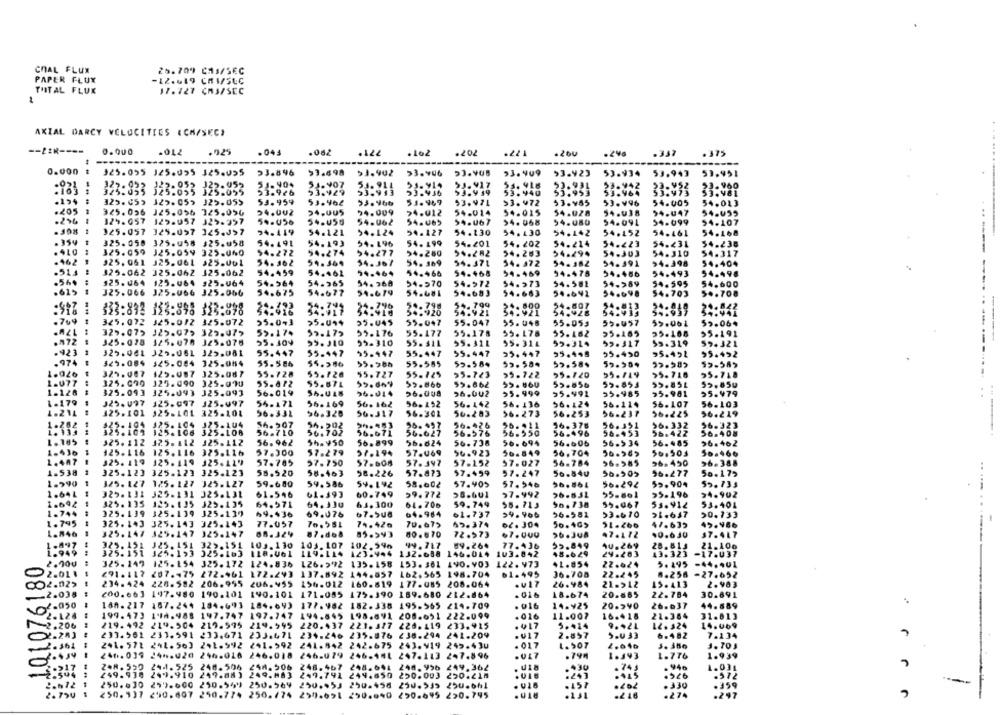
COAL FLUX
25.709 CAJ/SEC
PAPER FLUX
-12.619 CHI/SEC
TUTAL FLUX
17.727 CMJ/SEC
AXIAL DARCY VELOCITIES (CH/SEC)
707*
-- PER ----
0.000
.012
.925
.044
.082
.221
.162
.260
.246
.337
.375
0.000 #
325.095 125.095 325.055
53.846
53.498
53.902
>3.406
53.409
$3.423
53.934
53.943
59.951
.021
22.9.21
23.460
325.055 325:055
:2-932 332-832
325.055
53.926
53.929
93.943
53.936
53.949
53.940
53.
53.964
53.973
53.981
325.059 325.05> 325.059
53.959
53.462
53.66
53.969
93.971
>3. 472
53.955
53.496
54.005
54.013
.205
325.096 J25,056 325.056
54.002
54.005
94.009
24.012
54.014
54.015
54.028
54.038
94.447
54.055
-256
329.057 129.957 329-357
54-050
54.062
54.065
54.067
94.068
94.080
54.091
54.099
54.107
.SO8
1
325.057 325.057 325.057
24.419
54.121
54.124
54.127
54.130
54.130
54.142
54.452
54.461
54.168
325.058
325.058 $25.058
54.491
54.193
54. 196
54. 199
54.201
54.202
54.214
54.223
54.231
54.238
.410
325.059
54.317
J25.059 325.040
54.272
94.274
54.277
54.280
54.283
54.29.
54.303
54.310
.162
---
325.061
325.061 325.001
54. 362
54.364
54.367
54. 369
54.371
54. 472
54.382
54.398
54.404
.513
325.062 325.062 325.062
54.459
54.462
54.468
54.469
94.476
54.493
94.498
94.464
54.486
--------
.564
$25.064
125.064 #25.064
54.564
54.365
54. 368
54.570
54.572
54.373
94.581
54-289
54.595
54.600
.615
--
325.066
325.U66 325.066
54.675
54.677
94.679
59.681
54.683
94.663
54.641
54.703
> .. 708
333:892 123:898 333:838
5.070
54.920
54.921
34.921
54.428
54.941
.769
325.072
325.012 325.072
55.043
55.047
55.047
55.048
55.053
55.457
55.061
.AZL
329.07>
325.07> 329.07>
59.174
59.175
55.176
55.177
55.178
55. 175
55.162
55.169
25.108
.972
325.078 125.078 325.076
55.309
95.310
95-310
55.311
95.314
92.317
59.319
59.321
.923
55.447
325.061 J29.061 325.081
55.447
55.447
95-947
55.447
55.447
95.495
55.450
95.451
95.452
.974
325.084 325.084 325.084
55.586
55.98h
55.585
55.584
55.584
59.504
55-718
1.026
329.007
125.087 325.087
55.728
55.726
$5.727
55-125
>5-723
55.722
55.120
55.119
55.716
1.077
325. 070
125.090 325.070
55.472
55.87L
59.866
55.662
95.85L
55.859
1.128
325.093
325.093 325.093
56.019
26.014
56.008
56.002
55.999
95.491
55.985
95.981
25.479
1.179
J29.V97
325.097 325.097
55.171
96.169
56. 162
96.192
56.142
56. 136
56.124
56.114
56.107
56.103
4-211
325.101 325-101 325.101
96.332
56.320
56.317
56.301
96.203
56.273
56.253
56-231
96.225
96.219
$25. 104
125.104 325-104
56.507
54.202
25-$97
56.476
56. 411
36.376
56.351
56.332
56.323
1. 134
325.103
125.106 325.108
56.710
56.702
56.671
56.627
56.576
56.550
56.496
56.453
56.422
56.408
1. 185
525.112 325-112 325.112
56.962
56.899
56.624
56.738
56.694
56.606
56.534
56.485
96.462
56.923
1.436
125.116 125.116 325.116
57.300
57.279
57.194
57.069
56.849
56,704
56. 503
56.460
1.407
325. 119
129.119 325.119
57.705
57.750
57.608
57. 347
57.152
57.027
56-784
56.985
96.490
96.388
1.538
325.123 325.123 325.123
58.520
58.163
58.226
57.873
57.499
57.247
56.840
56.505
96.277
56.175
1.990
325. 127 125. 127 325.127
59.600
59.586
54.192
58.602
57.905
57.546
56.864
56.292
55.904
55.733
325. 131 325-131 325.131
61.546
60.749
59.772
56.601
97.992
55.196
94.902
.. ....
325. 135
:125.135 329.135
64.571
64.330
61. 300
64.706
59.749
55. 713
56.738
55.067
53. 912
53.401
325. 139 325.139 325.119
59.436
69.076
67.508
64.964
61.737
>9. 966
56-581
53.670
21.647
50.733
1.745
325. 143 325.143 325.143
77.057
70.551
74.420
70.67>
55.374
o2. 304
47.635
1.846
325. 147 325.147 325.147
87.868
85.543
10.670
72.573
$7.000
96.308
47.172
37.417
325. 151
105.130
104.107
49.717
77.436
55.849
J25. 151 325.191
102.596
43.323
21.106
.1.Q1076180
325.151 325.193 325.103
119-114
123-444
132.688 146.014
103.042
48.629
24.283
-17.037
2.000
325. 149
125.154 325.172 124.836
126. 5")2
135.158 153.361 190903 122. 473
41.054
22.624
5. 195 -44.401
61.495
⑆91.117 207.475 272.961 172.243
137.892
144.057
162.565
198.704
36.708
22.245
8.256 -27.652
234.424 226.582 206.995
196.012
160.819 177.085 208.064
26.984
21-212
15.413
2.903
197.980 190.101
190.101 171.085
175.390 189.680 212.864
. 016
18.674
20.665
22.784
30.691
02.050
188- 217 187.244
184.6993
184.643
177.982 182.338 195.565 214.709
. 016
14.929
20.540
26.637
44.689
199.473 1'10.988 197.747
197.747
194.695
208.051
222.099
.016
11.007
16.418
21.384
31.013
2.206
219.492 219.504 219.575
219.995
220.437
221. 317 226.119
233.915
. 017
5.424
9.92L
L2.324
14.069
233.581 231.591 233.671 233.471
234.246
235.876 238.294
241.209
. U17
2.857
5.U 33
6.482
7.134
242.675 243.919
245.430
. 017
1. 507
3. 70 1
241.571 241.563 241.592 241.592 241.842
2.646
24⑈037 24⑉.020 246.016 246.018
246-079 246-441 247.113
247.896
1.J43
1.776
1.939
244.525 248.506
248,506 248.467 248.641 248.956 244.362
.930
. 946
1.031
249.930 249.910 249.88)
249.883
249.791 249.850 250.003 250.218
#243
.526
.572
250,030 257.600 250.549 250.569 250.45J 250.458 250.539 250.661
6262
. 330
2.750
. UL8
.274
.297
250.137 250.607 250.774 250.774 250.691 290.040 290.695 220.795